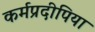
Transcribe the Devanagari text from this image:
कर्मप्रदीपिया